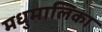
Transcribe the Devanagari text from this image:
मधुमालिका